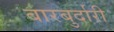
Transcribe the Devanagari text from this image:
बारबुर्दारी